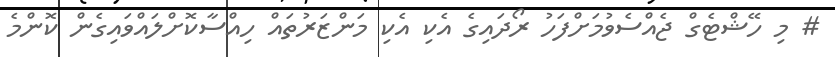
# މި ހޭޝްޓެގް ޖެއްސެވުމަށްފަހު ރޯދައިގެ އެކި އެކި މަންޒަރުތައް ހިއްސާކޮށްލައްވައިގެން ކޮންމެ